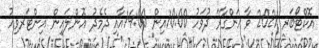
އޮކްޓޯބަރ 2021 ވާ އަންގާރަ ދުވަހު 10:00އިން 14:00އާއި ދެމެދު އޮންލައިން އިންޓަރވިއު